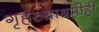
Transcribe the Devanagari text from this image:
गृहस्थाश्रमीही